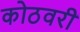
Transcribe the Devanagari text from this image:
कोठवरी